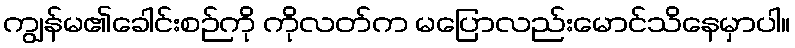
ကျွန်မ၏ခေါင်းစဉ်ကို ကိုလတ်က မပြောလည်းမောင်သိနေမှာပါ။